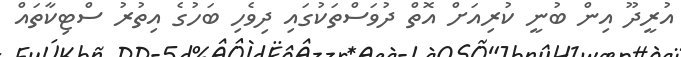
އުރީދޫ އިން ބުނީ ކުރިއަށް އޮތް ދުވަސްތަކުގައި ދިވެހި ބަހުގެ އިތުރު ސްޓިކާތައް